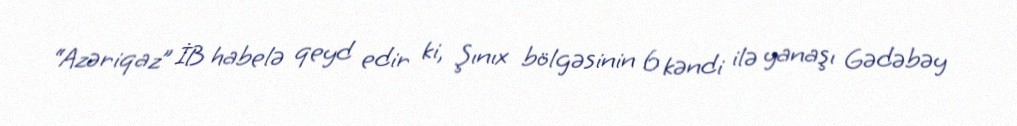
“Azəriqaz” İB habelə qeyd edir ki, Şınıx bölgəsinin 6 kəndi ilə yanaşı Gədəbəy